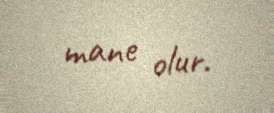
mane olur.